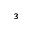
_ 3